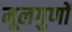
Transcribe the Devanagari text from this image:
मूलगुणों